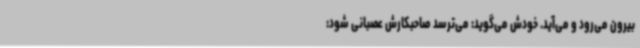
بیرون می‌رود و می‌آید. خودش می‌گوید: می‌ترسد صاحبکارش عصبانی شود: